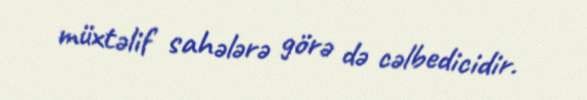
müxtəlif sahələrə görə də cəlbedicidir.